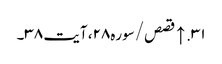
۳۱. ↑ قصص/سوره۲۸، آیت ۳۸۔